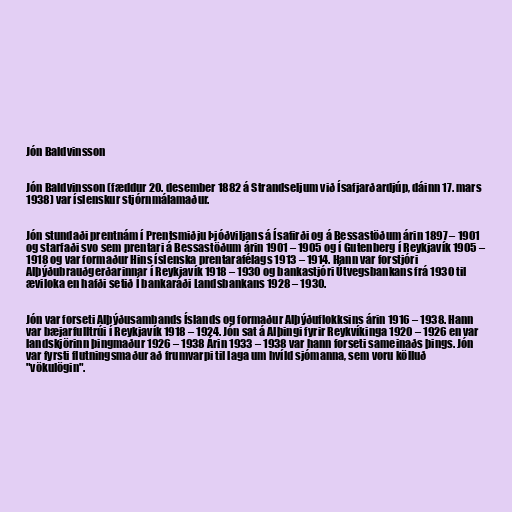
Jón Baldvinsson

Jón Baldvinsson (fæddur 20. desember 1882 á Strandseljum við Ísafjarðardjúp, dáinn 17. mars
1938) var íslenskur stjórnmálamaður.

Jón stundaði prentnám í Prentsmiðju Þjóðviljans á Ísafirði og á Bessastöðum árin 1897 – 1901
og starfaði svo sem prentari á Bessastöðum árin 1901 – 1905 og í Gutenberg í Reykjavík 1905 –
1918 og var formaður Hins íslenska prentarafélags 1913 – 1914. Hann var forstjóri
Alþýðubrauðgerðarinnar í Reykjavík 1918 – 1930 og bankastjóri Útvegsbankans frá 1930 til
æviloka en hafði setið Í bankaráði Landsbankans 1928 – 1930.

Jón var forseti Alþýðusambands Íslands og formaður Alþýðuflokksins árin 1916 – 1938. Hann
var bæjarfulltrúi í Reykjavík 1918 – 1924. Jón sat á Alþingi fyrir Reykvíkinga 1920 – 1926 en var
landskjörinn þingmaður 1926 – 1938 Árin 1933 – 1938 var hann forseti sameinaðs þings. Jón
var fyrsti flutningsmaður að frumvarpi til laga um hvíld sjómanna, sem voru kölluð
"vökulögin".